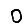
Digit: 0